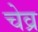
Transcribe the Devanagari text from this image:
चेव्र